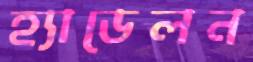
হ্যাডেলন